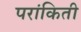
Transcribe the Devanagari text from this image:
परांकिती